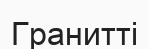
Гранитті